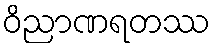
ဝိညာဏရတဿ